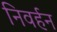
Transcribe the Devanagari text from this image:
निवर्हन